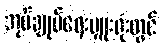
အုပ်ချုပ်ရေးမှူးရုံးတွင်